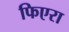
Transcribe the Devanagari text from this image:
फिएरा